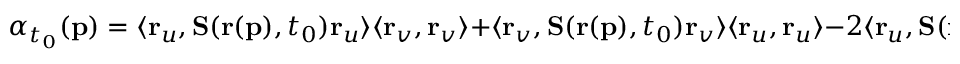
\alpha _ { t _ { 0 } } ( \mathbf { p } ) = \langle \mathbf { r } _ { u } , \mathbf { S } ( \mathbf { r } ( \mathbf { p } ) , t _ { 0 } ) \mathbf { r } _ { u } \rangle \langle \mathbf { r } _ { v } , \mathbf { r } _ { v } \rangle + \langle \mathbf { r } _ { v } , \mathbf { S } ( \mathbf { r } ( \mathbf { p } ) , t _ { 0 } ) \mathbf { r } _ { v } \rangle \langle \mathbf { r } _ { u } , \mathbf { r } _ { u } \rangle - 2 \langle \mathbf { r } _ { u } , \mathbf { S } ( \mathbf { r } ( \mathbf { p } ) , t _ { 0 } ) \mathbf { r } _ { v } \rangle \langle \mathbf { r } _ { u } , \mathbf { r } _ { v } \rangle